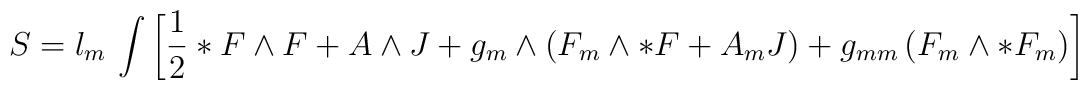
S = l_m \, \int \left[ \frac{1}{2}*F\wedge F   +   A\wedge J +g_m\wedge\left(F_m\wedge *F + A_m J\right) + g_{mm} \left(F_m\wedge *F_m\right)\right]